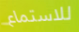
للاستماع